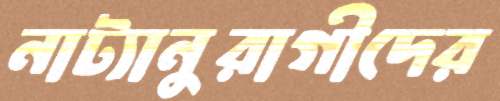
নাট্যানুরাগীদের